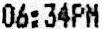
06:34PM